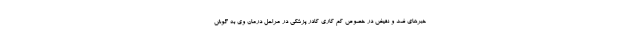
خبرهای ضد و نقیض در خصوص کم کاری کادر پزشکی در مراحل درمان وی به گوش